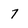
Character: 7